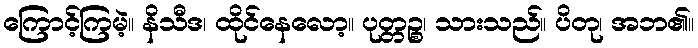
ကြောင့်ကြမဲ့။ နိသီဒ၊ ထိုင်နေလော့။ ပုတ္တဉ္စ၊ သားသည်။ ပိတု၊ အဘ၏။